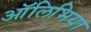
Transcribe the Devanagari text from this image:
ऑलिभिया